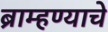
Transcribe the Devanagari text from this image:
ब्राम्हण्याचे